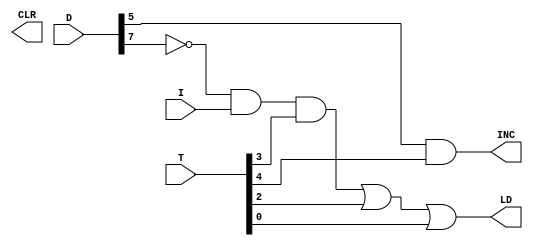
`timescale 1ns / 1ps
//////////////////////////////////////////////////////////////////////////////////
// Company: 
// Engineer: 
// 
// Design Name: 
// Module Name: AR_CONTROL
// Project Name: 
// Target Devices: 
// Tool Versions: 
// Description: 
// 
// Dependencies: 
// 
// Revision:
// Revision 0.01 - File Created
// Additional Comments:
// 
//////////////////////////////////////////////////////////////////////////////////

module AR_CONTROL(
    output LD, 
    output CLR, 
    output INC, 
    input [7:0] T, 
    input [7:0] D, 
    input I);



	
	wire D7COM = ~D[7];
	wire r, a2, a3;
	assign r = D7COM & I & T[3];
	assign LD = r | T[2] | T[0];
	assign INC = D[5] & T[4];

	
endmodule